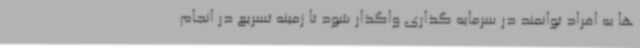
ها به افراد توانمند در سرمایه گذاری واگذار شود تا زمینه تسریع در انجام